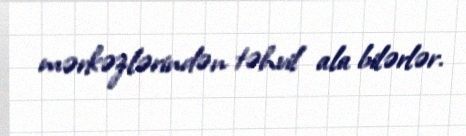
mərkəzlərindən təhvil ala bilərlər.